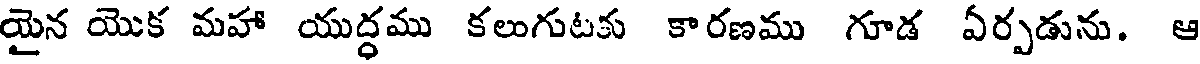
యైన యొక మహా యుద్ధము కలుగుటకు కారణము గూడ ఏర్పడును. ఆ